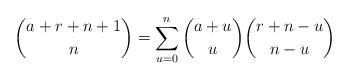
LaTeX: \begin{align*} \binom{a+r+n+1}{n} = \sum_{u=0}^{n} \binom{a+u}{u} \binom{r+n-u}{n-u}\end{align*}